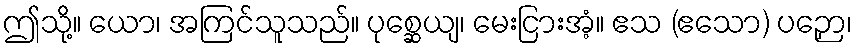
ဤသို့။ ယော၊ အကြင်သူသည်။ ပုစ္ဆေယျ၊ မေးငြားအံ့။ ဧသ (ဧသော) ပဉှော၊